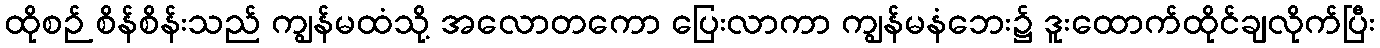
ထိုစဉ် စိန်စိန်းသည် ကျွန်မထံသို့ အလောတကော ပြေးလာကာ ကျွန်မနံဘေး၌ ဒူးထောက်ထိုင်ချလိုက်ပြီး